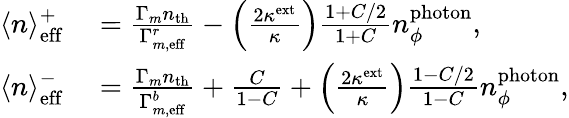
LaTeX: \begin{array}{rl}{\langle n\rangle_{\mathrm{eff}}^{+}}&{{}=\frac{\Gamma_{m}n_{\mathrm{th}}}{\Gamma_{m,\mathrm{eff}}^{r}}-\left(\frac{2\kappa^{\mathrm{ext}}}{\kappa}\right)\frac{1+C/2}{1+C}n_{\phi}^{\mathrm{photon}},}\\ {\langle n\rangle_{\mathrm{eff}}^{-}}&{{}=\frac{\Gamma_{m}n_{\mathrm{th}}}{\Gamma_{m,\mathrm{eff}}^{b}}+\frac{C}{1-C}+\left(\frac{2\kappa^{\mathrm{ext}}}{\kappa}\right)\frac{1-C/2}{1-C}n_{\phi}^{\mathrm{photon}},}\end{array}